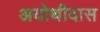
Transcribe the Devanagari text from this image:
अयोथीदास